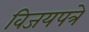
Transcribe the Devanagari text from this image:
विजयपत्रे